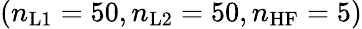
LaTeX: (n_{\mathrm{L1}}=50,n_{\mathrm{L2}}=50,n_{\mathrm{HF}}=5)